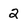
Character: 2